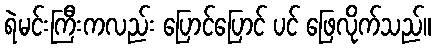
ရဲမင်းကြီးကလည်း ပြောင်ပြောင် ပင် ဖြေလိုက်သည်။